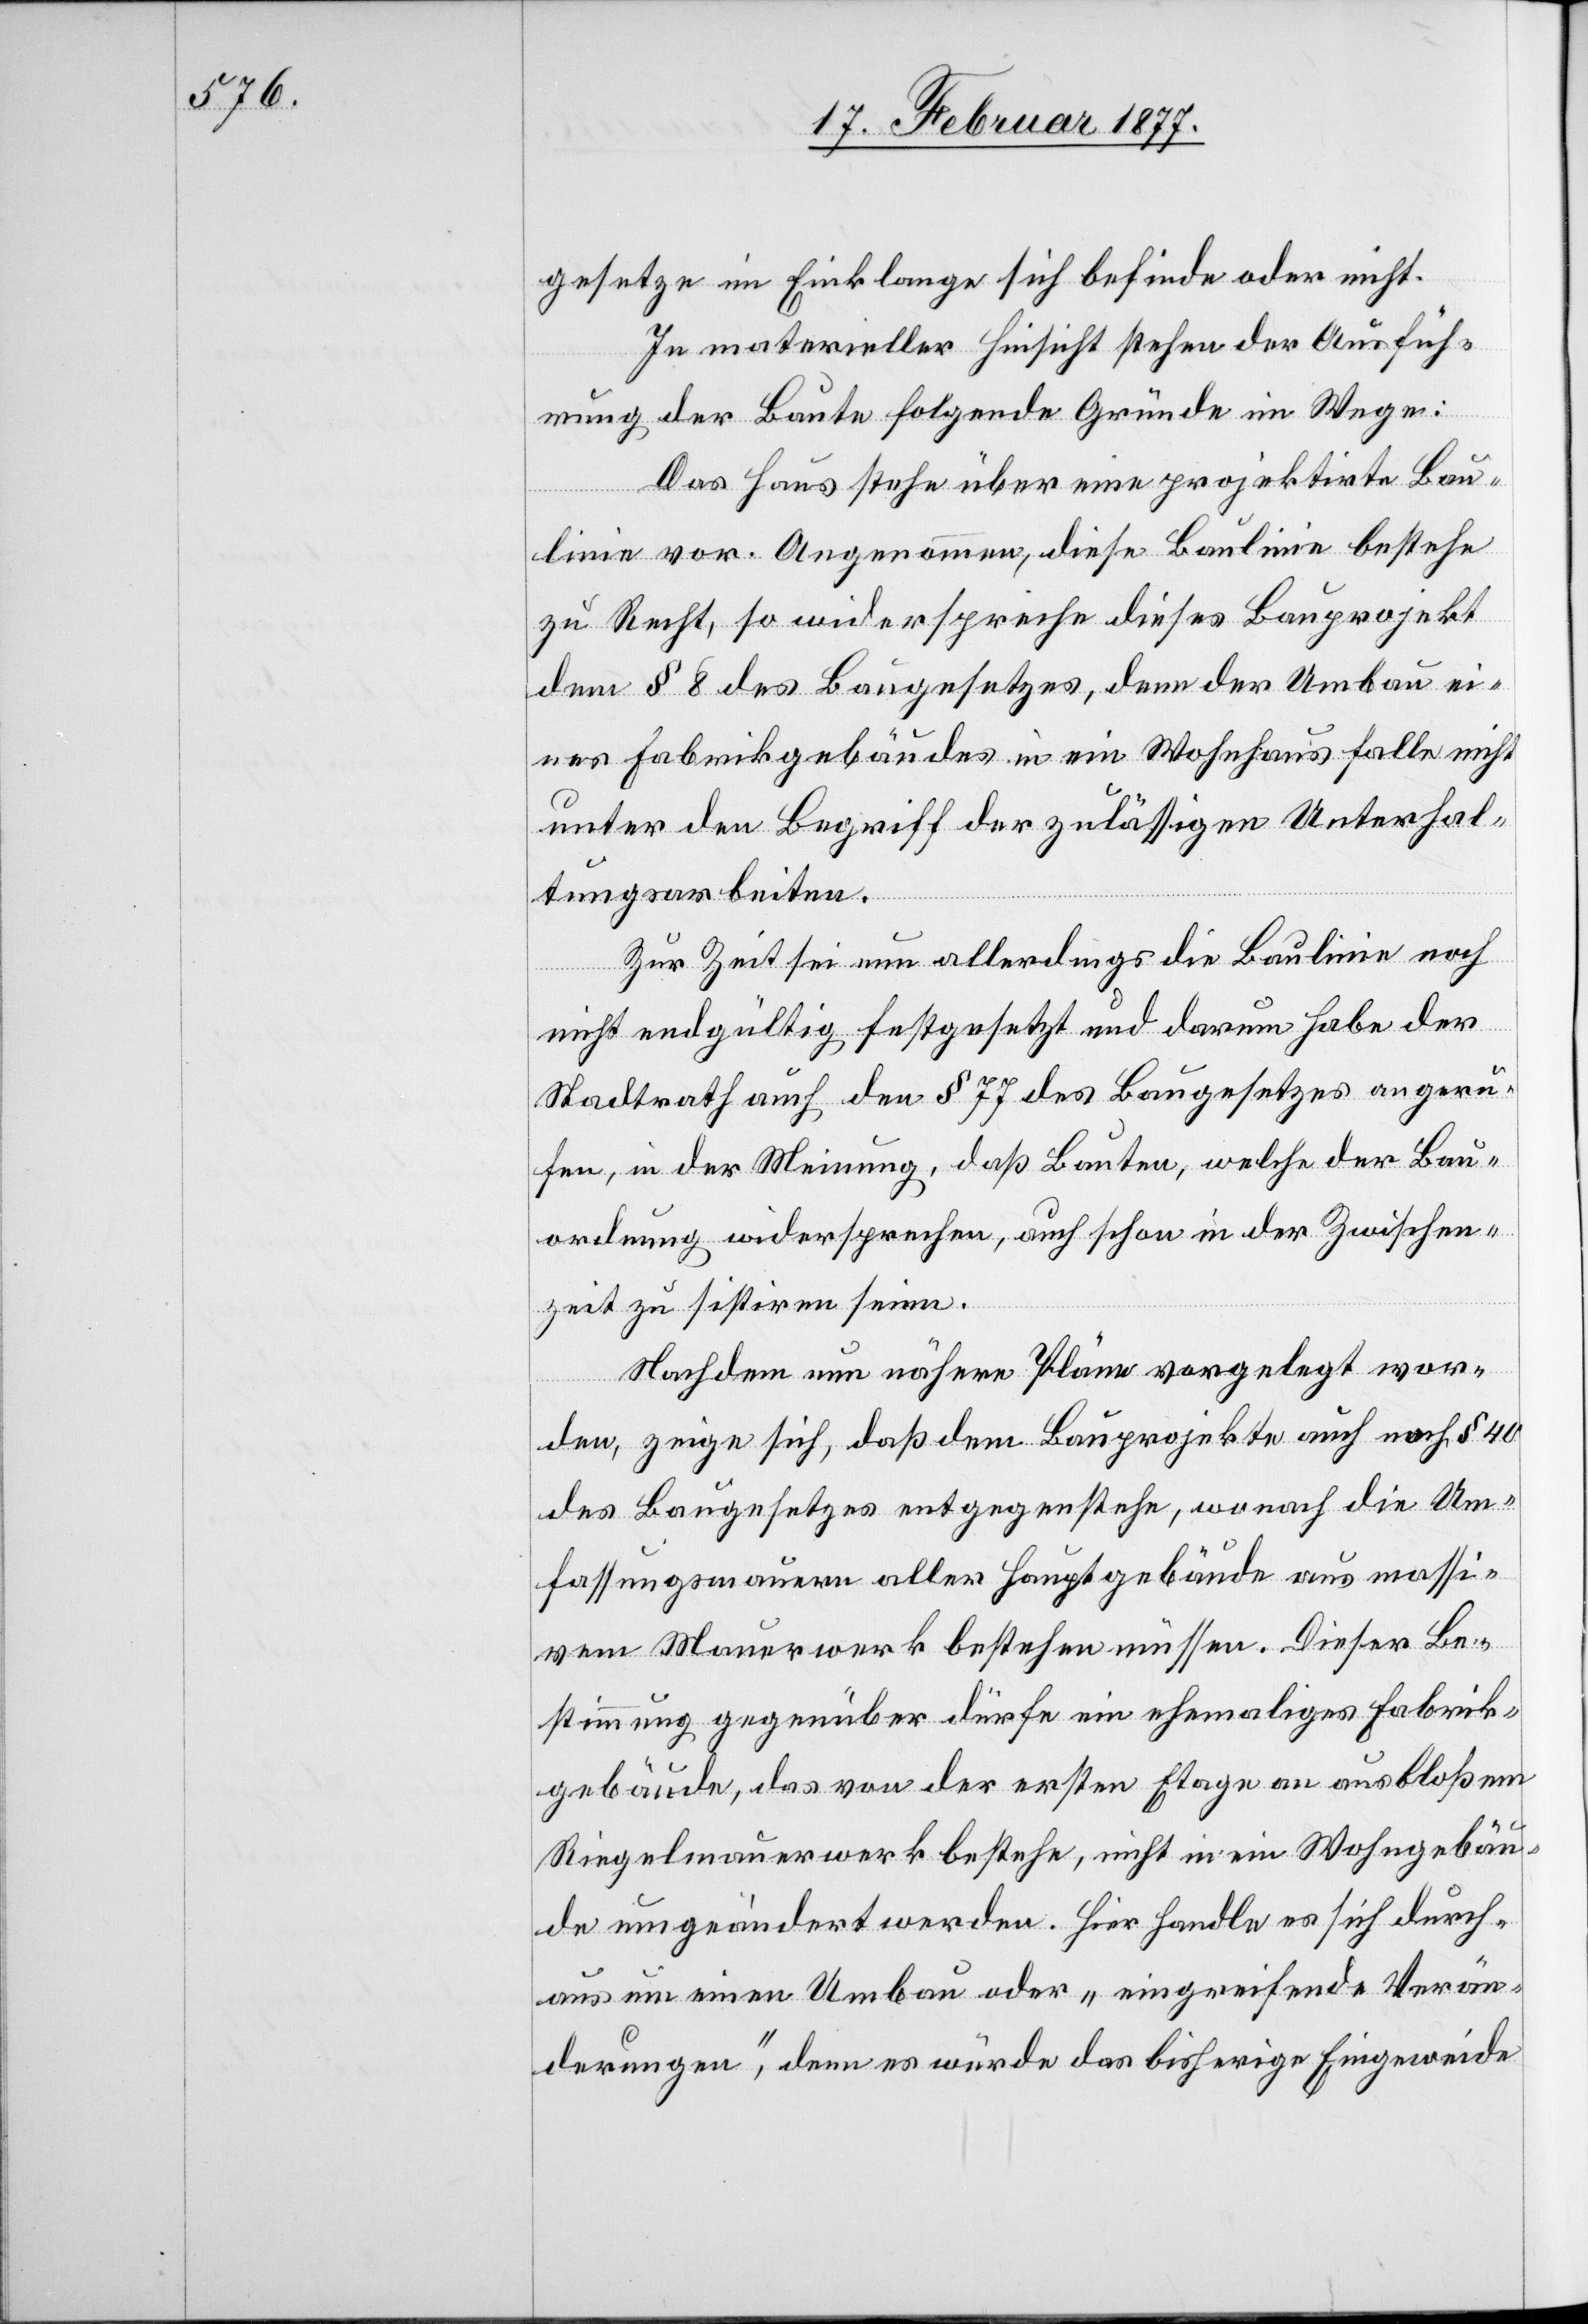
gesetze im Einklage sich befinde oder nicht.
In materieller Hinsicht stehen der Ausfüh¬
rung der Baute folgende Gründe im Wege:
Das Haus stehe über eine projektirte Bau¬
linie vor. Angenommen, diese Baulinie bestehe
zu Recht, so widerspreche dieses Bauprojekt
dem § 8 des Baugesetzes, denn der Umbau ei¬
nes Fabrikgebäudes in ein Wohnhaus falle nicht
unter den Begriff der zulässigen Unterhal¬
tungsarbeiten.
Zur Zeit sei nun allerdings die Baulinie noch
nicht endgültig festgesetzt und darum habe der
Stadtrath auch den § 77 des Baugesetzes angeru¬
fen, in der Meinung, daß Bauten, welche der Bau¬
ordnung widersprechen, auch schon in der Zwischen¬
zeit zu sistiren seien.
Nachdem nun nähere Pläne vorgelegt wor¬
den, zeige sich, daß dem Bauprojekte auch noch § 40
des Baugesetzes entgegenstehe, wonach die Um¬
fassungsmauern aller Hauptgebäude aus massi¬
vem Mauerwerk bestehen müssen. Dieser Be¬
stimmung gegenüber dürfe ein ehemaliges Fabrik¬
gebäude, das von der ersten Etage an aus bloßem
Riegelmauerwerk bestehe, nicht in ein Wohngebäu¬
de umgeändert werden. Hier handle es sich durch¬
aus um einen Umbau oder „eingreifende Verän¬
derungen“, denn es würde das bisherige Eingeweide